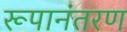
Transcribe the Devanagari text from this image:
रूपानंतरण